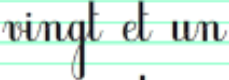
vingt et un